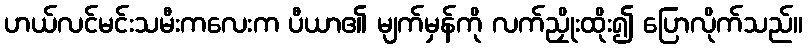
ဟယ်လင်မင်းသမီးကလေးက ပီယာ၏ မျက်မှန်ကို လက်ညှိုးထိုး၍ ပြောလိုက်သည်။